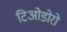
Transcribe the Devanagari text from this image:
टिओडोरो